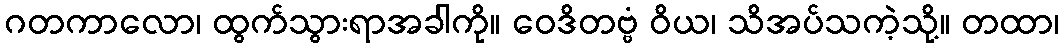
ဂတကာလော၊ ထွက်သွားရာအခါကို။ ဝေဒိတဗ္ဗံ ဝိယ၊ သိအပ်သကဲ့သို့။ တထာ၊